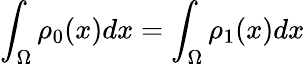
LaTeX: \int_{\Omega}\rho_{0}(x)dx=\int_{\Omega}\rho_{1}(x)dx